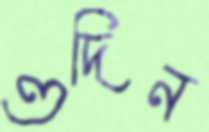
ওদিন